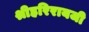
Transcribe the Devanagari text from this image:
श्रीहरिरायजी